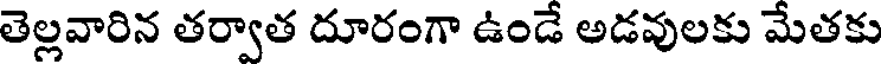
తెల్లవారిన తర్వాత దూరంగా ఉండే అడవులకు మేతకు